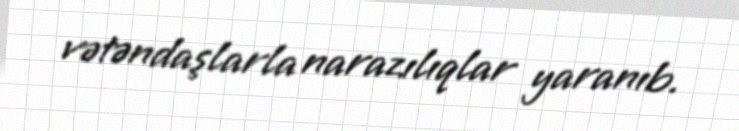
vətəndaşlarla narazılıqlar yaranıb.